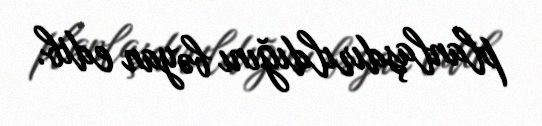
planlaşdırıldığını bəyan edib.